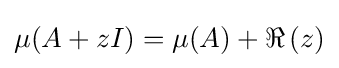
\mu (A+zI)=\mu (A)+\Re \,(z)